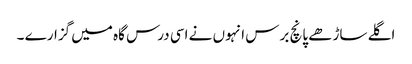
اگلے ساڑھے پانچ برس انہوں نے اسی درس گاہ میں گزارے ۔